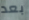
بعد